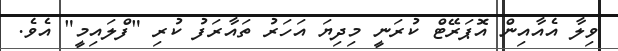
ވިލާ އެއާއިން އޮޕަރޭޓް ކުރަނީ މިދިޔަ އަހަރު ތައާރަފު ކުރި "ފްލައިމީ" އެވެ.